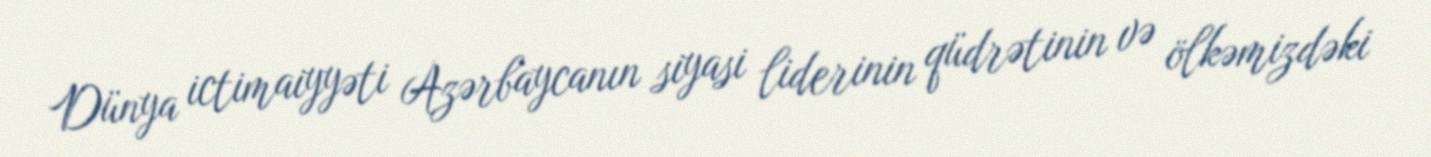
Dünya ictimaiyyəti Azərbaycanın siyasi liderinin qüdrətinin və ölkəmizdəki